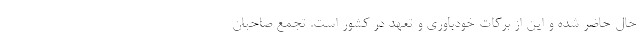
حال حاضر شده و این از برکات خودباوری و تعهد در کشور است. تجمع صاحبان